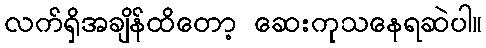
လက်ရှိအချိန်ထိတော့ ဆေးကုသနေရဆဲပါ။